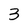
Character: 3